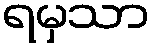
ရမှသာ